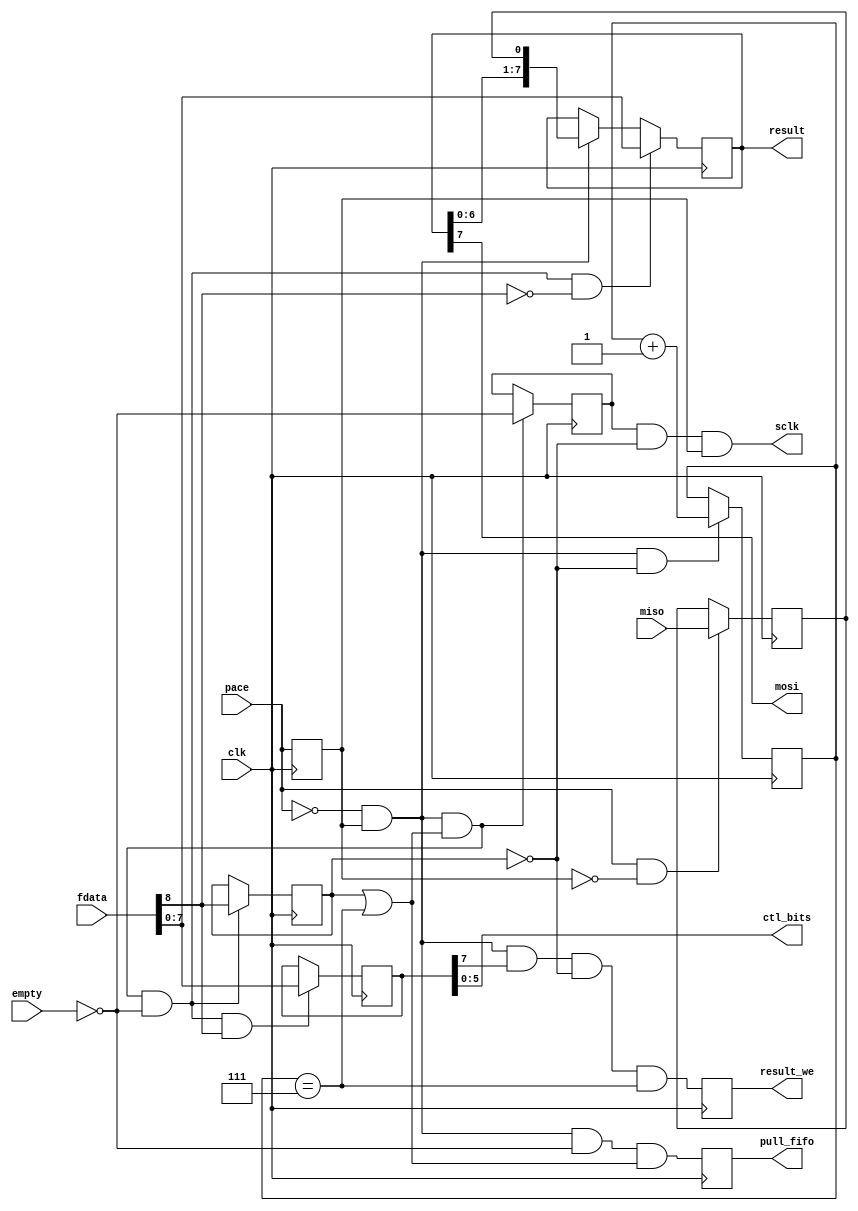
`timescale 1ns / 1ns

// Generic MSB-first SPI master
module spi_eater(
	input clk,
	input pace,  // free-running version of SCK
	// to hardware, but see below
	output sclk,
	output mosi,
	input miso,
	output [5:0] ctl_bits,
	// from request FIFO
	input [8:0] fdata,
	input empty,
	output pull_fifo,
	// to result FIFO
	output [7:0] result,
	output result_we
);

// fdata is either 8 bits of Tx data,
// or 8 bits of "control".
// some dedicated bits of control set
//  fdata[7]   enable read from hardware to output FIFO
//  fdata[6]   select alternate I/O pins
// The remaining bits can be decoded outside this module
// for up to 63 devices (although probably fewer in LCLS-II digitizer
// case, when bits get stolen to control external buffer direction).

reg old_pace = 0;
wire tick1 = ~pace &  old_pace;  // rising edge
wire tick2 =  pace & ~old_pace;  // falling edge
reg pull_fifo_r = 0, mode=0, running=0;
reg [2:0] bit_cnt = 0;
reg [7:0] shift_reg = 0;
reg [7:0] ctrl_reg = 0;
reg have_one = 0;
wire want_another = mode | (bit_cnt==7);
reg push_result=0;
reg miso_hold=0;
always @(posedge clk) begin
	old_pace <= pace;
	pull_fifo_r <= tick1 & ~empty & want_another;
	if (tick2) miso_hold <= miso;
	if (tick1 & want_another) running <= ~empty;
	if (tick1 & want_another & ~empty ) mode <= fdata[8];
	if (tick1) shift_reg <= {shift_reg[6:0],miso_hold};
	if (tick1 & want_another & ~empty & ~fdata[8]) shift_reg <= fdata[7:0];
	if (tick1 & want_another & ~empty &  fdata[8]) ctrl_reg <= fdata[7:0];
	if (tick1 & ~mode) bit_cnt <= bit_cnt+1;
	push_result <= tick1 & ctrl_reg[7] & ~mode & (bit_cnt==7);
end
assign pull_fifo = pull_fifo_r;
assign result_we = push_result;
assign result = shift_reg;

// IOB latches are not included here;
// the user is urged to add them, maybe after
// another layer of decode in the case of ctl_bits.
assign sclk = running & ~mode & old_pace;
assign mosi = shift_reg[7];
assign ctl_bits = ctrl_reg[5:0];

endmodule